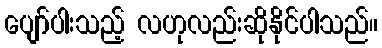
ပျော်ပါးသည့် လဟုလည်းဆိုနိုင်ပါသည်။